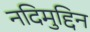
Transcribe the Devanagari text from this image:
नदिमुद्दिन